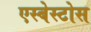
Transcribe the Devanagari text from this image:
एस्बेस्टोस